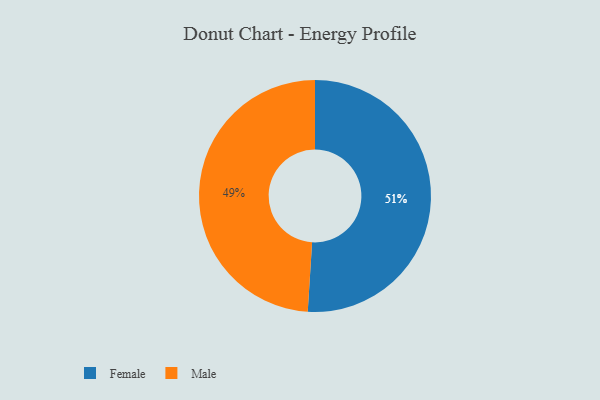
{"axis": {"x": "Category", "y": "Percentage"}, "legend": ["Female", "Male"], "data": [{"x": "Male", "y": 49, "type": "Male"}, {"x": "Female", "y": 51, "type": "Female"}]}